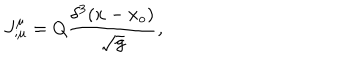
J _ { ; \mu } ^ { \mu } = Q { \frac { \delta ^ { 3 } ( x - x _ { o } ) } { \sqrt g } } ,